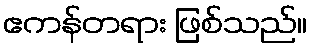
ဧကန်တရား ဖြစ်သည်။